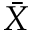
\bar { X }